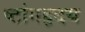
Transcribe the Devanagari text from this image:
ष्टांगहृदय